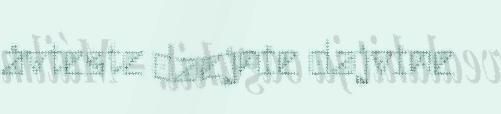
åvteste daejnie dajvine